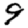
Digit: 9